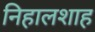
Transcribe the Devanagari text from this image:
निहालशाह